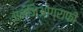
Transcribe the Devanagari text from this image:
एन्जिओग्राफी